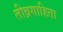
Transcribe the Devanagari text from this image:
तीव्रगाहिता